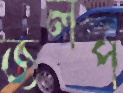
জলপ